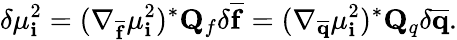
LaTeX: \delta\mu_{\mathbf{i}}^{2}=(\nabla_{\mathbf{{\overline{{{f}}}}}}\mu_{\mathbf{i}}^{2})^{*}\mathbf{{Q}}_{f}\delta\mathbf{{\overline{{{f}}}}}=(\nabla_{\mathbf{{\overline{{{q}}}}}}\mu_{\mathbf{i}}^{2})^{*}\mathbf{{Q}}_{q}\delta\mathbf{{\overline{{{q}}}}}.